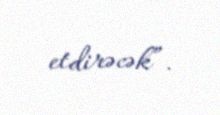
etdirəcək”.